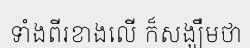
ទាំងពីរខាងលើ ក៏សង្ឃឹមថា